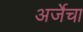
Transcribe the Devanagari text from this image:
अर्जेचा